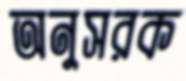
অনুসরক